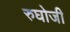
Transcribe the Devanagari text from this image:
रुघोजी